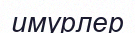
имурлер